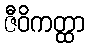
ဇီဝိကတ္ထာ